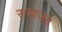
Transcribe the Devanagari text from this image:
समाज।।